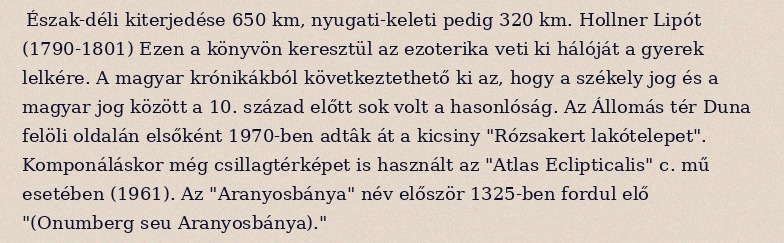
Észak-déli kiterjedése 650 km, nyugati-keleti pedig 320 km. Hollner Lipót (1790-1801) Ezen a könyvön keresztül az ezoterika veti ki hálóját a gyerek lelkére. A magyar krónikákból következtethető ki az, hogy a székely jog és a magyar jog között a 10. század előtt sok volt a hasonlóság. Az Állomás tér Duna felöli oldalán elsőként 1970-ben adtâk át a kicsiny "Rózsakert lakótelepet". Komponáláskor még csillagtérképet is használt az "Atlas Eclipticalis" c. mű esetében (1961). Az "Aranyosbánya" név először 1325-ben fordul elő "(Onumberg seu Aranyosbánya)."